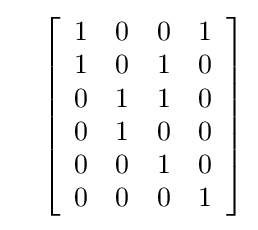
\quad \left[{\begin{array}{cccc}1&0&0&1\\1&0&1&0\\0&1&1&0\\0&1&0&0\\0&0&1&0\\0&0&0&1\\\end{array}}\right]